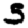
Digit: 5